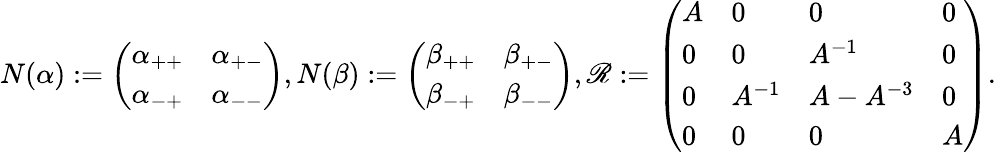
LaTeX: N(\alpha):=\left(\begin{array}{ll}{\alpha_{++}}&{\alpha_{+-}}\\ {\alpha_{-+}}&{\alpha_{--}}\end{array}\right),N(\beta):=\left(\begin{array}{ll}{\beta_{++}}&{\beta_{+-}}\\ {\beta_{-+}}&{\beta_{--}}\end{array}\right),\mathscr{R}:=\left(\begin{array}{llll}{A}&{0}&{0}&{0}\\ {0}&{0}&{A^{-1}}&{0}\\ {0}&{A^{-1}}&{A-A^{-3}}&{0}\\ {0}&{0}&{0}&{A}\end{array}\right).